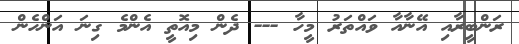
ރަންބީރާއި އޭނާއާ ވައްތަރު މީހާ --- ދެން މިއޮތީ އެންމެ ގިނަ އަންހެން